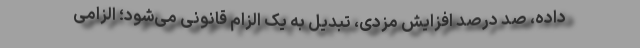
داده، صد درصد افزایش مزدی، تبدیل به یک الزام قانونی می‌شود؛ الزامی